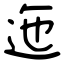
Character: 迤